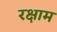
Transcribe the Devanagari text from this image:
रक्षाम